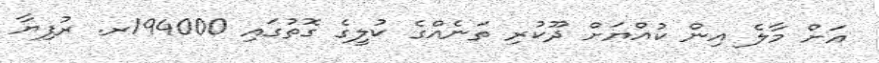
އަށް މާލެ އިން ކުއްޔަށް ދޫކުރި ތަނެއްގެ ކުލީގެ ގޮތުގައި 194000ރ. ރުފިޔާ